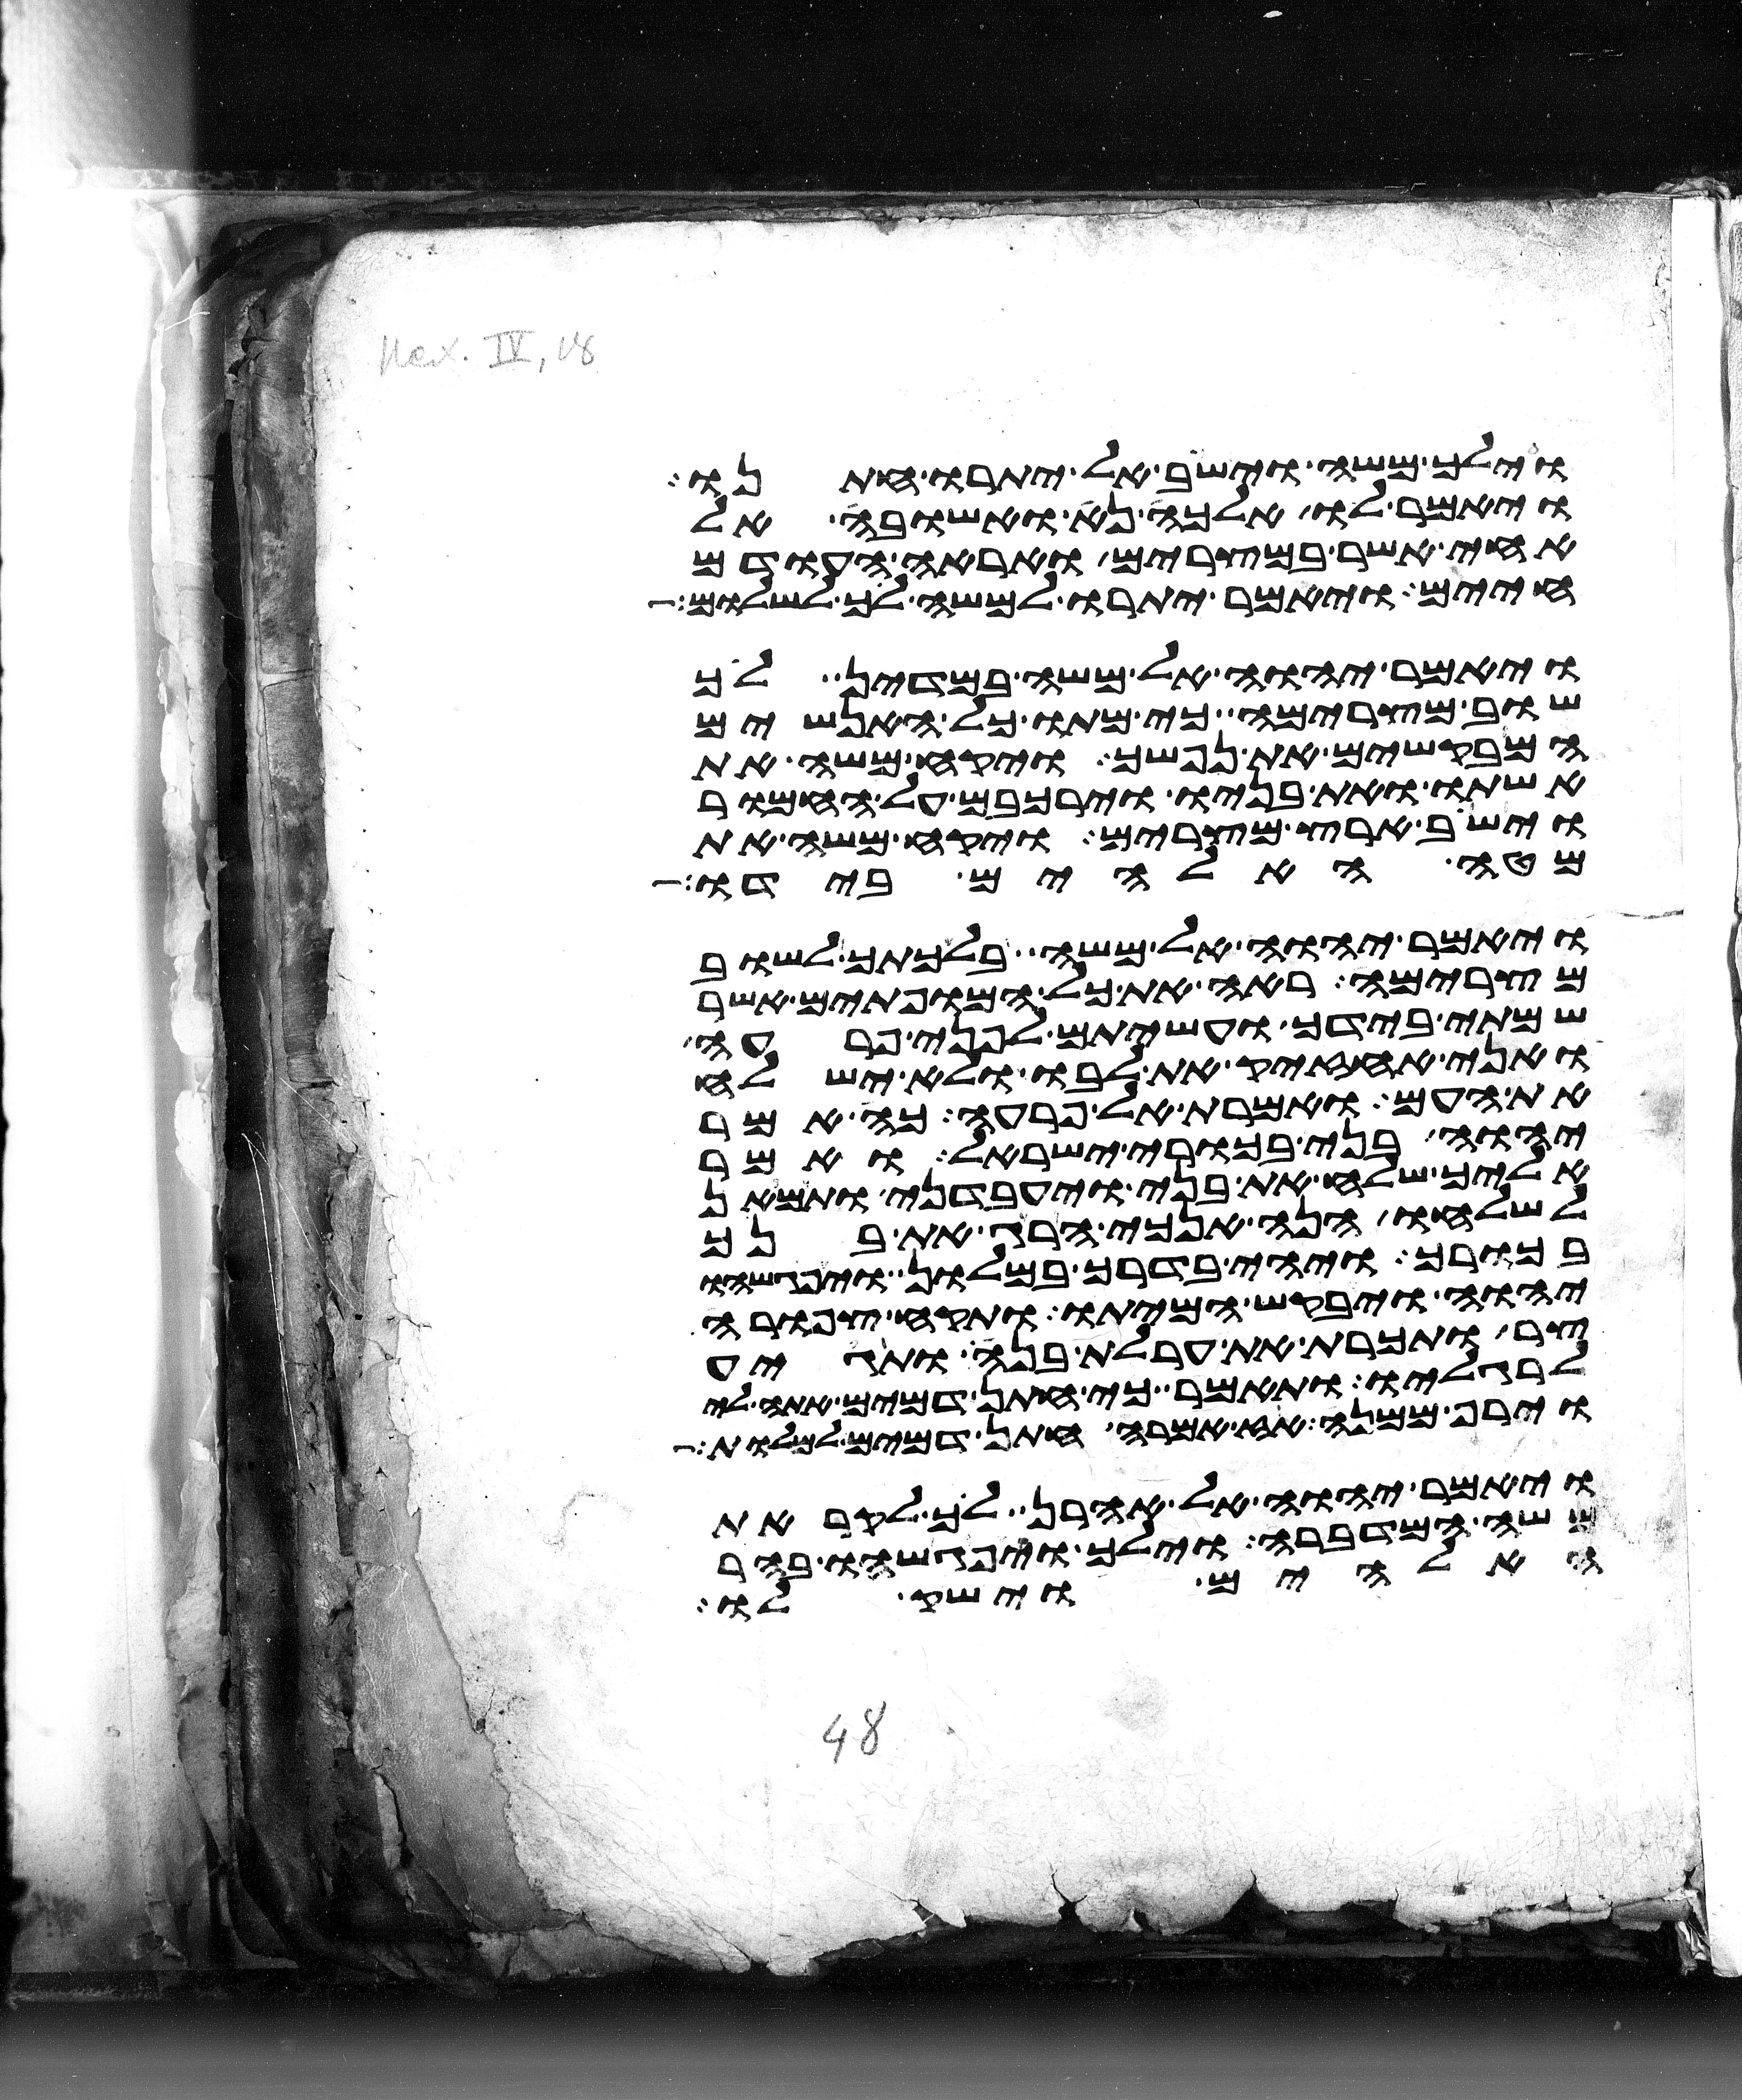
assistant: וילך משה וישב אל יתרו חתנו
ויאמר לו אלכה נא ואשובה אל
אחי אשר במצרים ואראה העודם
חיים ויאמר יתרו למשה לך לשלום
ויאמר יהוה אל משה במדין לך
שוב מצרימה כי מתו כל האנשים
המבקשים את נפשך ויקח משה את
אשתו ואת בניו וירכבם על החמור
וישב ארץ מצרים ויקח משה את
מטה האלהים בידו
ויאמר יהוה אל משה בלכתך לשוב
מצרימה ראה את כל המופתים אשר
שמתי בידך ועשיתם לפני פרעה
ואני אחזיק את לבו ולא ישלח
את העם ואמרת אל פרעה כה אמר
יהוה בני בכורי ישראל ואמר
אליך שלח את בני ויעבדני ותמאן
לשלחו הנה אנכי הרג את בנך
בכורך ויהי בדרך במלון ויפגשהו
יהוה ויבקש המיתו ותקח צפורה
צר ותכרת את ערלת בנה ותגיע
לרגליו ותאמר כי חתן דמים אתה לי
וירף ממנה אז אמרה חתן דמים למלות
ויאמר יהוה אל אהרן לך לקראת
משה המדברה וילך ויפגשהו בהר
האלהים וישק לו